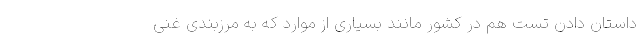
داستان دادن تست هم در کشور مانند بسیاری از موارد که به مرزبندی غنی